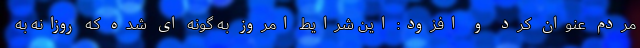
مردم عنوان کرد و افزود: این شرایط امروز به گونه ای شده که روزانه به